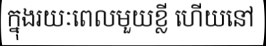
ក្នុងរយៈពេលមួយខ្លី ហើយនៅ